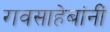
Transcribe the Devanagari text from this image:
रावसाहेबांनीं